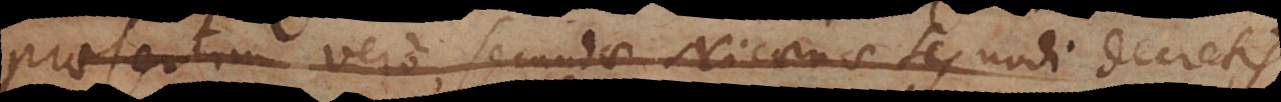
praesertim vero secundae Nicaenae Synodi decretis